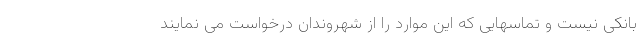
بانکی نیست و تماسهایی که این موارد را از شهروندان درخواست می نمایند